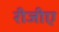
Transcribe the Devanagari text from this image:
रीजीए